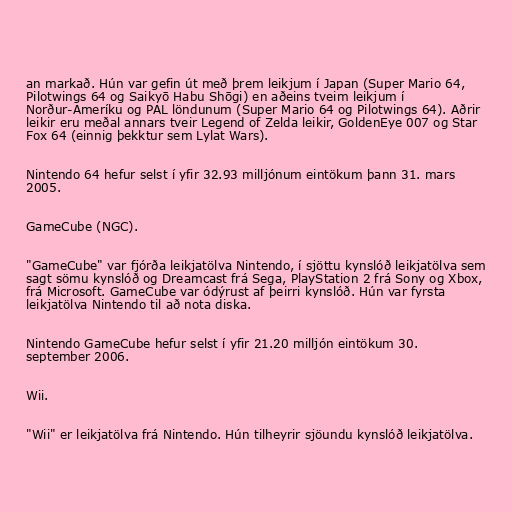
an markað. Hún var gefin út með þrem leikjum í Japan (Super Mario 64,
Pilotwings 64 og Saikyō Habu Shōgi) en aðeins tveim leikjum í
Norður-Ameríku og PAL löndunum (Super Mario 64 og Pilotwings 64). Aðrir
leikir eru meðal annars tveir Legend of Zelda leikir, GoldenEye 007 og Star
Fox 64 (einnig þekktur sem Lylat Wars).

Nintendo 64 hefur selst í yfir 32.93 milljónum eintökum þann 31. mars
2005.

GameCube (NGC).

"GameCube" var fjórða leikjatölva Nintendo, í sjöttu kynslóð leikjatölva sem
sagt sömu kynslóð og Dreamcast frá Sega, PlayStation 2 frá Sony og Xbox,
frá Microsoft. GameCube var ódýrust af þeirri kynslóð. Hún var fyrsta
leikjatölva Nintendo til að nota diska.

Nintendo GameCube hefur selst í yfir 21.20 milljón eintökum 30.
september 2006.

Wii.

"Wii" er leikjatölva frá Nintendo. Hún tilheyrir sjöundu kynslóð leikjatölva.